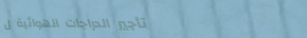
تأجير الدراجات الهوائية ل